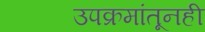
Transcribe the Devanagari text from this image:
उपक्रमांतूनही